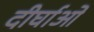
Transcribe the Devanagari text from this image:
दीर्घाओ